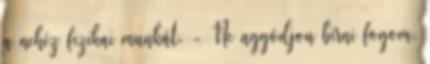
a nehéz fizikai munkát. - Ne aggódjon bírni fogom.